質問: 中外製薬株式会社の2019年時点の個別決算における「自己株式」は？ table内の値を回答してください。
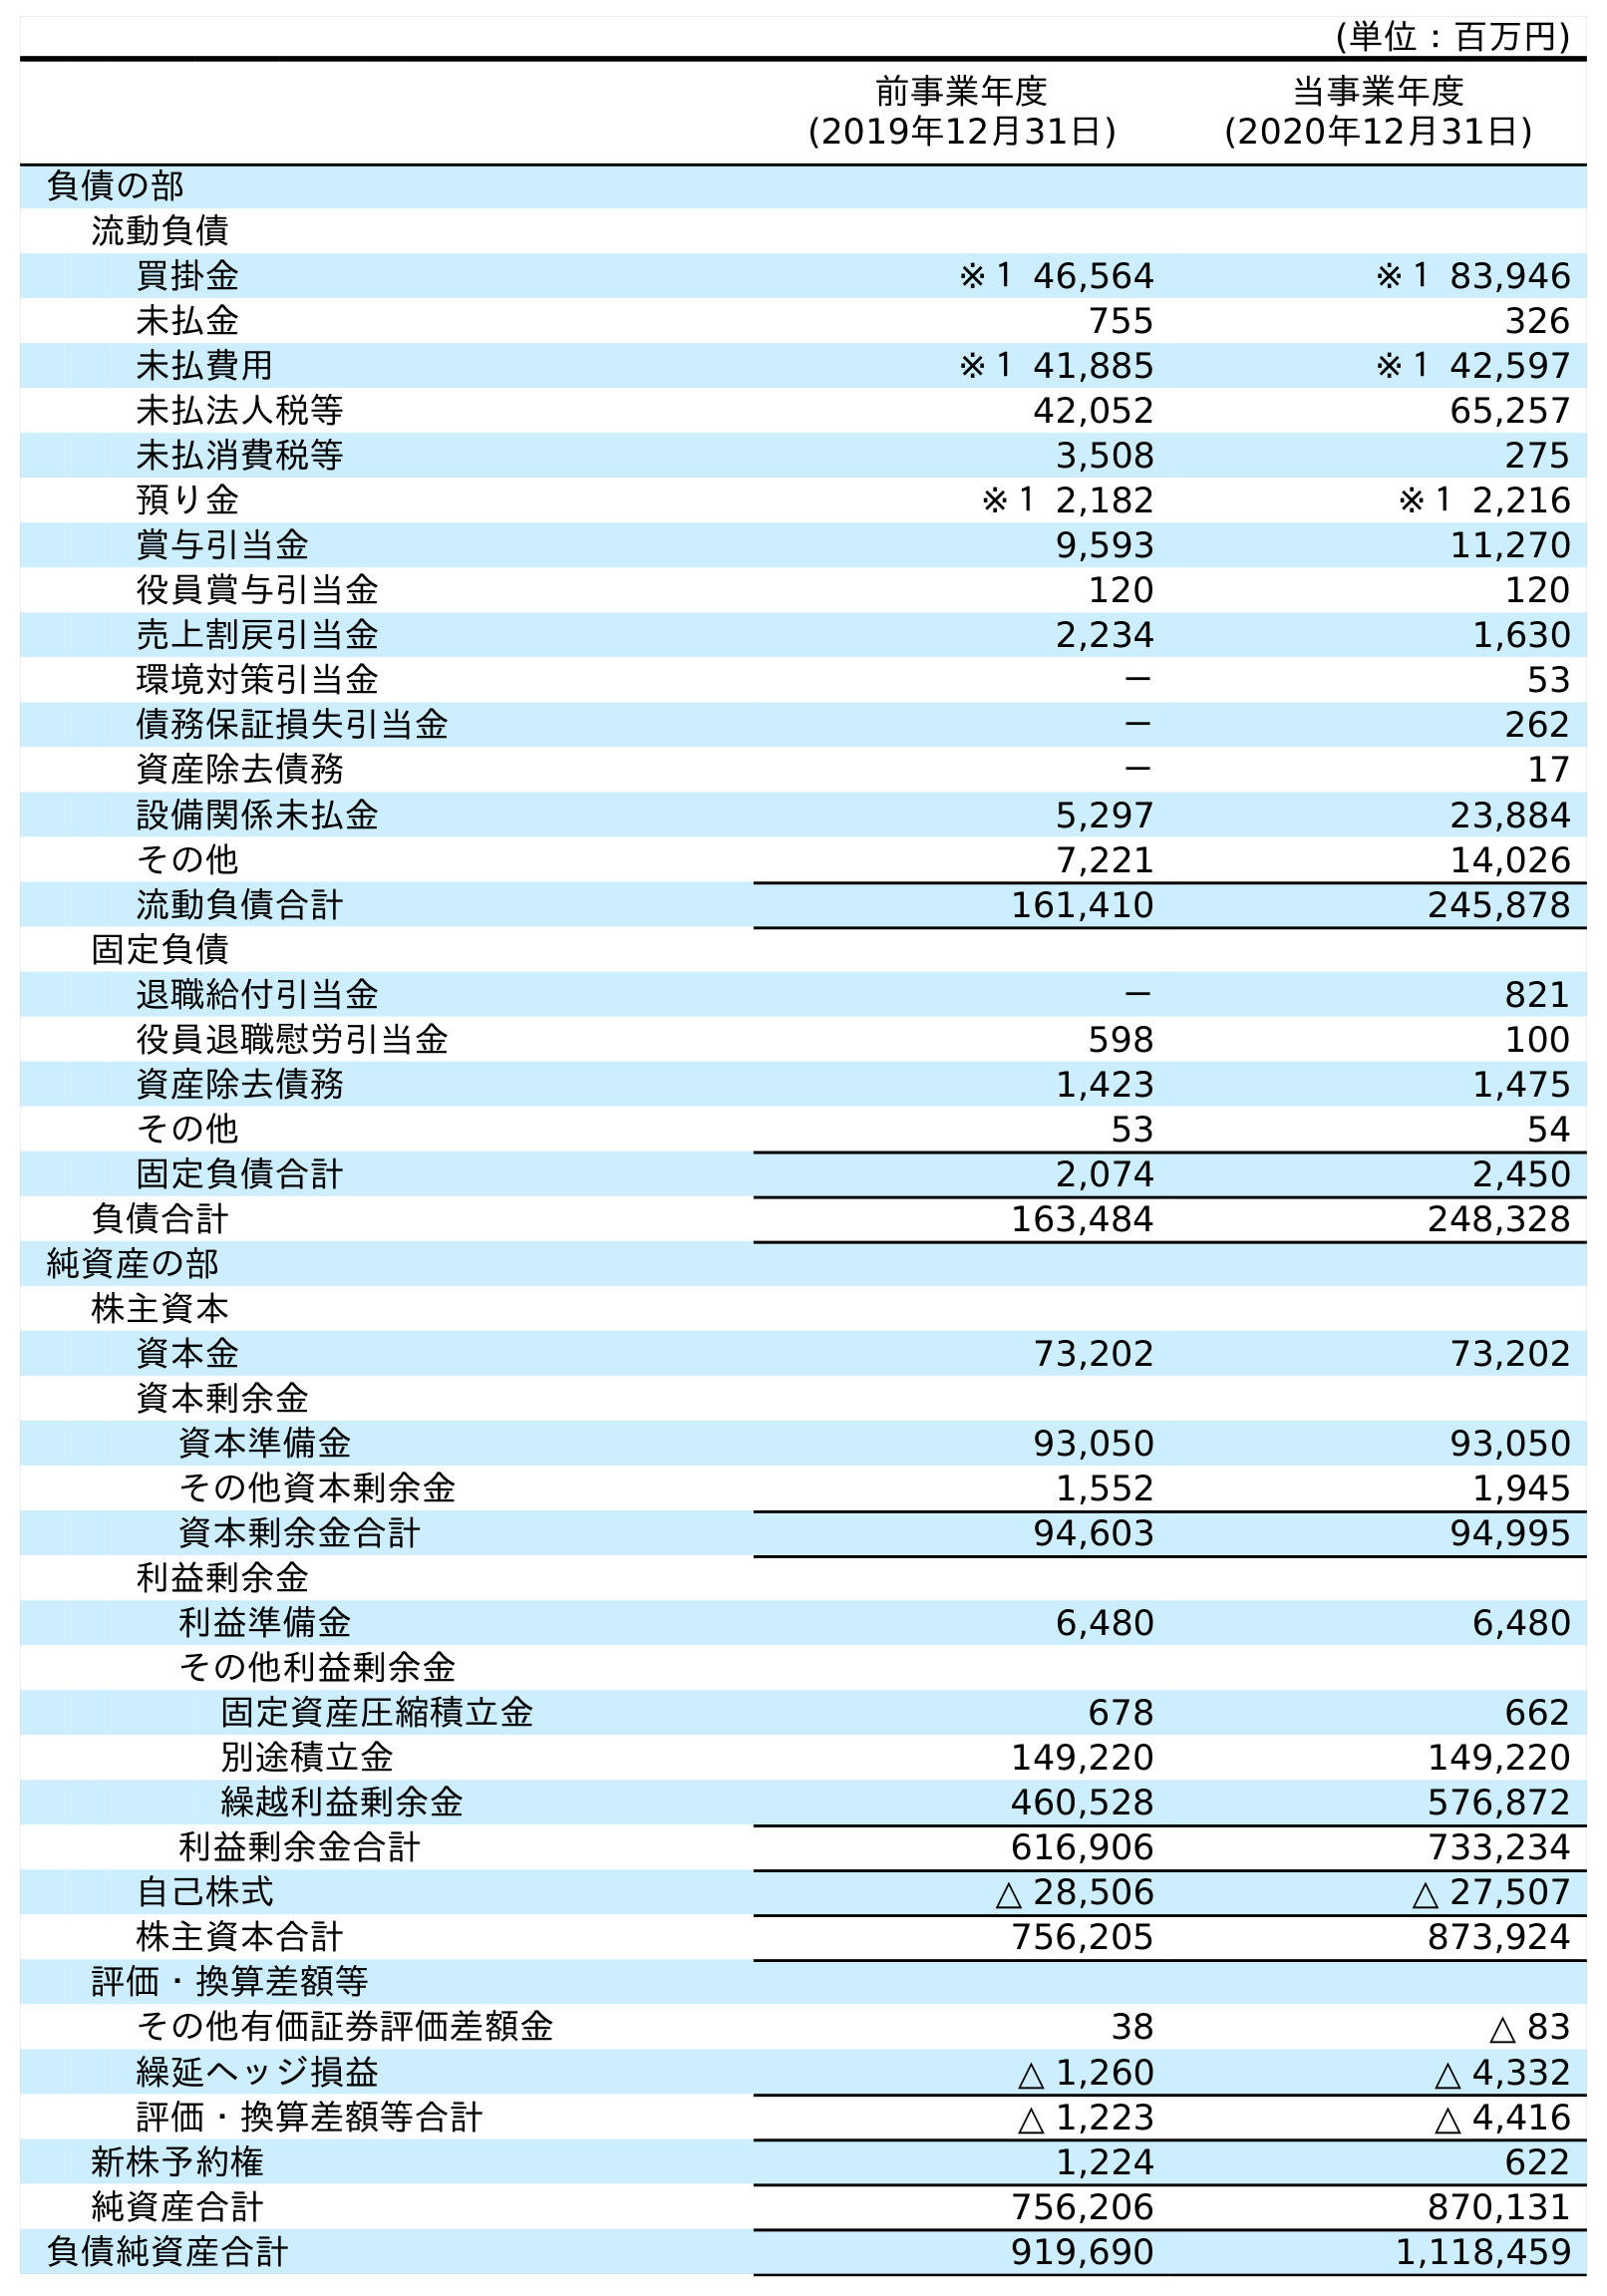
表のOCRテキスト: (単位：百万円) 前事業年度 (2019年12月31日) 当事業年度 (2020年12月31日) 負債の部 流動負債 買掛金 ※１ 46,564 ※１ 83,946 未払金 755 326 未払費用 ※１ 41,885 ※１ 42,597 未払法人税等 42,052 65,257 未払消費税等 3,508 275 預り金 ※１ 2,182 ※１ 2,216 賞与引当金 9,593 11,270 役員賞与引当金 120 120 売上割戻引当金 2,234 1,630 環境対策引当金 － 53 債務保証損失引当金 － 262 資産除去債務 － 17 設備関係未払金 5,297 23,884 その他 7,221 14,026 流動負債合計 161,410 245,878 固定負債 退職給付引当金 － 821 役員退職慰労引当金 598 100 資産除去債務 1,423 1,475 その他 53 54 固定負債合計 2,074 2,450 負債合計 163,484 248,328 純資産の部 株主資本 資本金 73,202 73,202 資本剰余金 資本準備金 93,050 93,050 その他資本剰余金 1,552 1,945 資本剰余金合計 94,603 94,995 利益剰余金 利益準備金 6,480 6,480 その他利益剰余金 固定資産圧縮積立金 678 662 別途積立金 149,220 149,220 繰越利益剰余金 460,528 576,872 利益剰余金合計 616,906 733,234 自己株式 △ 28,506 △ 27,507 株主資本合計 756,205 873,924 評価・換算差額等 その他有価証券評価差額金 38 △ 83 繰延ヘッジ損益 △ 1,260 △ 4,332 評価・換算差額等合計 △ 1,223 △ 4,416 新株予約権 1,224 622 純資産合計 756,206 870,131 負債純資産合計 919,690 1,118,459
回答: △28,506